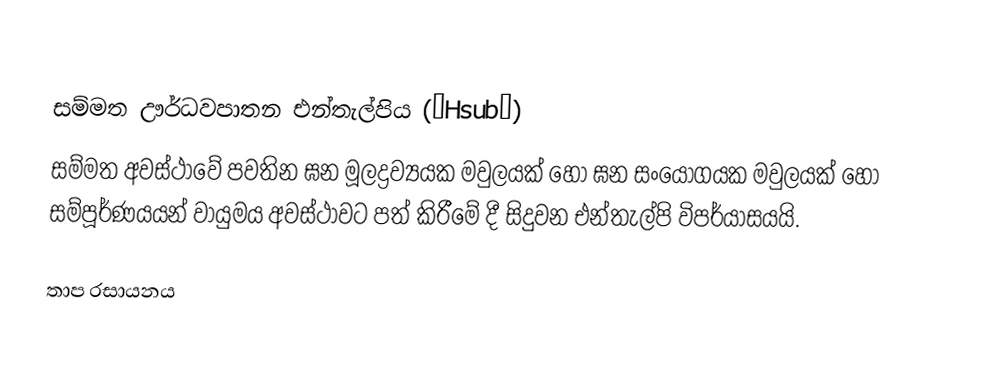

සම්මත ඌර්ධවපාතන එන්තැල්පිය (∆Hsub∅)
සම්මත අවස්ථාවේ පවතින ඝන මූලද්‍රව්‍යයක මවුලයක් හෝ ඝන සංයෝගයක මවුලයක් හෝ සම්පූර්ණයයන් වායුමය අවස්ථාවට පත් කිරීමේ දී සිදුවන එන්තැල්පි විපර්යාසයයි.

තාප රසායනය